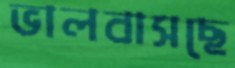
ভালবাসছে